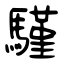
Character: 騹